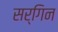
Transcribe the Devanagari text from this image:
सर्गिन